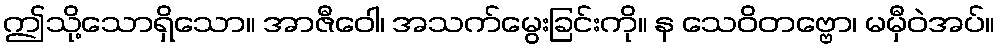
ဤသို့သောရှိသော။ အာဇီဝေါ၊ အသက်မွေးခြင်းကို။ န သေဝိတဗ္ဗော၊ မမှီဝဲအပ်။